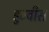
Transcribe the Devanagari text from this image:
हुम्वीस